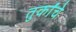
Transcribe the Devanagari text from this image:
तुर्कांचे